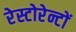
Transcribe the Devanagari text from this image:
रेस्टोरेन्टों